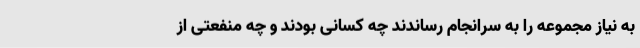
به نیاز مجموعه را به سرانجام رساندند چه کسانی بودند و چه منفعتی از